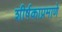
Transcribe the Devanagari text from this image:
शीर्षकाप्रमाणे